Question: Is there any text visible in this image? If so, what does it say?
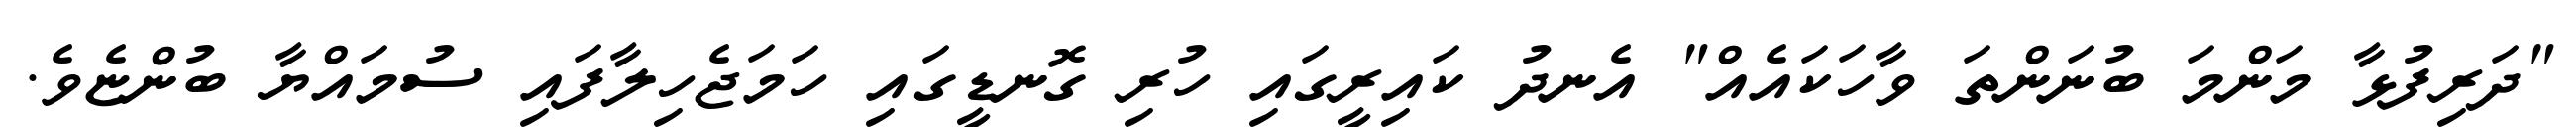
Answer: "ދަރިފުޅާ މަންމަ ބުނަންތަ ވާހަކައެއް" އެނދު ކައިރީގައި ހުރި ގޮނޑީގައި ހަމަޖެހިލާފައި ސުމައްޔާ ބުންޏެވެ.